Scottish Leaving Certificate Examination, 1960
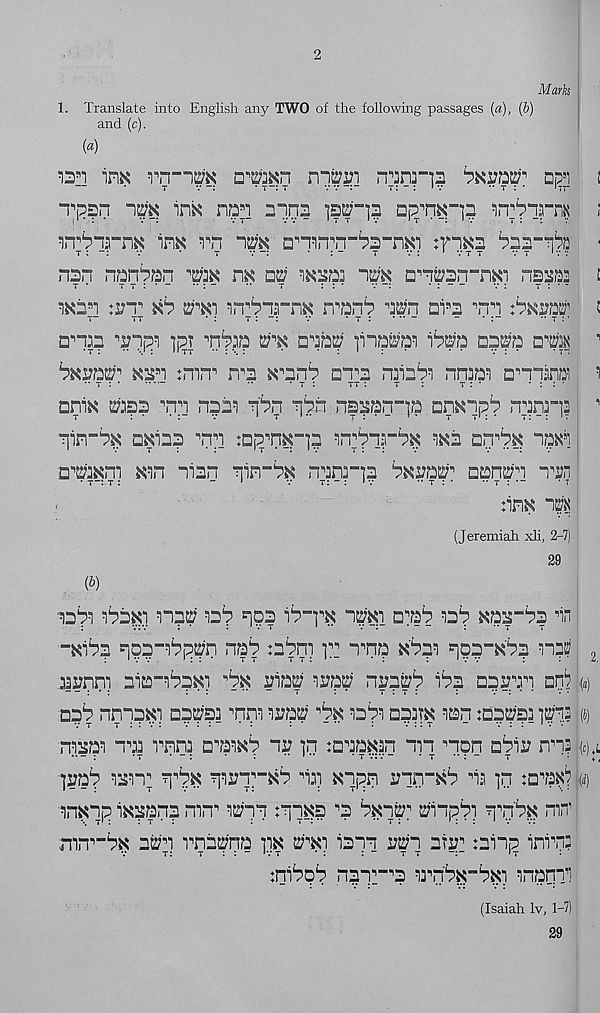
2
Marks
1. Translate into English any TWO of the following passages (a), (b)
and (c).
(a)
13 s ! inn vn-im
niwm n^nrp bxvftui'' dp s i
i
*TjPS.“i ip
npi alps
^n^irn^
;
^n^irnx im rn ip □ i iinM _^3 ”nxi :fi^3
-
nsn nrpnian ^3K nx w
ip □ , ipn-n«i nsism
£
i*ci :i?t tib
'in^irp rrani ip ai fl 3 iii
:
ana? ■’ripi ]jiT ■Pm
nib^ fijpp’i i^p pp
1
Kisi :mrr
^nnni ai^a
nraa 5 ) omanat
i
** t :
”
t :
tt :
t :
t : *
• : : 1
□niK ta;a3? ^ni 1531
pi iapn-jip nmyb ninr]|
1
iin-p □Ki32 ill :D ( Tp"i3 anPiri^i ws app up^’i
a^axm xan ilan lirrP nina-p bxvftfr aanJi Ti?n
:inK im
(Jeremiah xli, 2-7)
iaia aia^i np aa 2 ? ip ii-p ipi a^ai aa^ p^-P in
-xiia ip-aipp nai :aPn y: i^np xpa ippi? 115!? 2
aapni aia-ap^ n P inastf 13^2; npp ip 33311 art «
aai nniaKi aapa 'pn 133^ rtK aart d33tk nan :aapa ]p? (i)
nnaan na rnna a^an^i 13 nn :aiaKan m non aii3 nn?
]3ai nam; i"p in3i ,_ Ki p Kip 3inPi la in :a"art «
nnKip iKaan? mn n ipi tips n a ixi^ ^iiprt -ipK mi
nrr _ P aP inaPa niK Po lain 3t:i 2i3 n :aiip inrna
:niipi npir'i in'P“Pi nnaqil
(Isaiah Iv, 1-7)
29